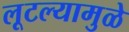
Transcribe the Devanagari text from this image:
लूटल्यामुळे